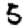
Digit: 5